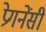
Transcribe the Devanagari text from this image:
प्रेगनेंसी